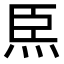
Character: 𤇸